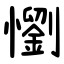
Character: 懰